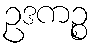
ဥဒကဉ္စ